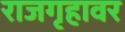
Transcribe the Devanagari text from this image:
राजगृहावर